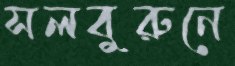
সলবুরুনে